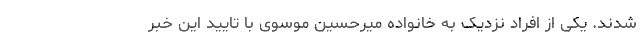
شدند. یکی از افراد نزدیک به خانواده میرحسین موسوی با تایید این خبر